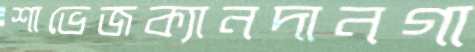
শাভেজক্যানদানগা